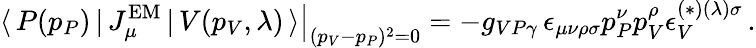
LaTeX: \left.\langle\, P(p_{P})\, |\, J_{\mu}^{\mathrm{EM}}\, |\, V(p_{V},\lambda)\, \rangle\right|_{(p_{V}-p_{P})^{2}=0}=-g_{VP\gamma}\, \epsilon_{\mu\nu\rho\sigma}p_{P}^{\nu}p_{V}^{\rho}\epsilon_{V}^{(*)(\lambda)\sigma}\, .